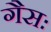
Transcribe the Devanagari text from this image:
गैसः